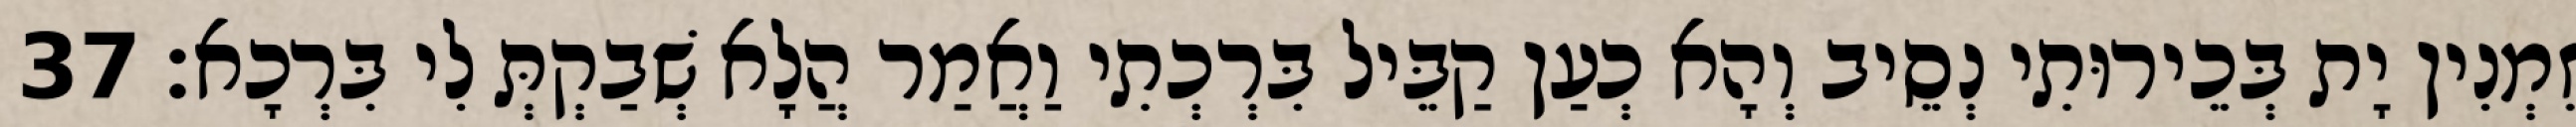
זִמְנִין יָת בְּכֵירוּתִי נְסֵיב וְהָא כְעַן קַבֵּיל בִּרְכְתִי וַאֲמַר הֲלָא שְׁבַקְתְּ לִי בִּרְכָא׃ 37